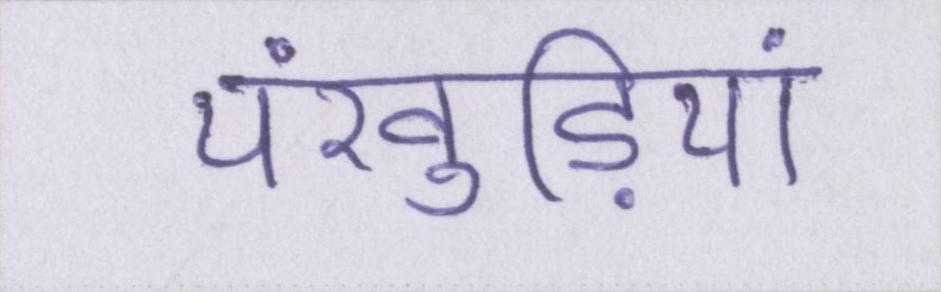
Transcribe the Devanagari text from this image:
पंखुड़ियां